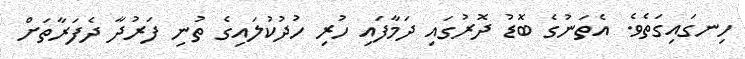
ހިނގައިގަތެވެ. އެތަނުގެ ބޮޑު ދޮރުގައި ދަމާފައި ހުރި ހުދުކުލައިގެ ތުނި ފަރުދާ ދެފަރާތަށް